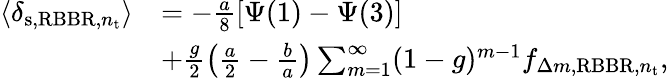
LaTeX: \begin{array}{rl}{\langle\delta_{\mathrm{s},\mathrm{RBBR},n_{\mathrm{t}}}\rangle}&{=-\frac{a}{8}\left[\Psi(1)-\Psi(3)\right]}\\ &{+\frac{g}{2}\left(\frac{a}{2}-\frac{b}{a}\right)\sum_{m=1}^{\infty}(1-g)^{m-1}f_{\Delta m,\mathrm{RBBR},n_{\mathrm{t}}},}\end{array}